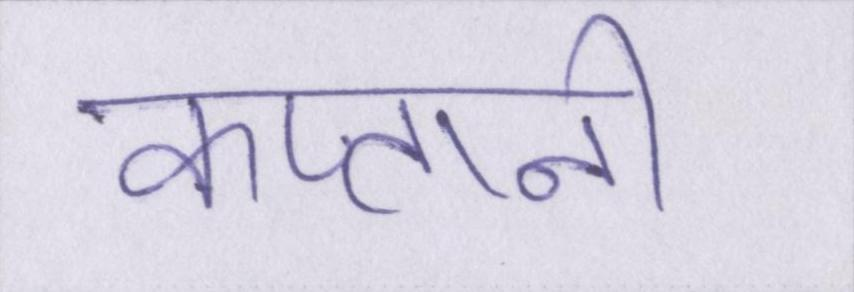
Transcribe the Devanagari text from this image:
कप्तानी